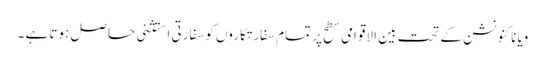
ویانا کنونشن کے تحت بین الاقوامی سطح پر تمام سفارتکاروں کو سفارتی استثنی حاصل ہوتا ہے ۔